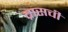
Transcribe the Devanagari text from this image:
ब्रासची